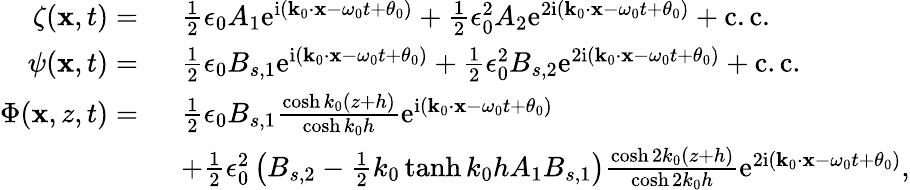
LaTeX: \begin{array}{rl}{\zeta(\mathbf{x},t)=~}&{\frac{1}{2}\epsilon_{0}A_{1}\mathrm{e}^{\mathrm{i}(\mathbf{k}_{0}\cdot\mathbf{x}-\omega_{0}t+\theta_{0})}+\frac{1}{2}\epsilon_{0}^{2}A_{2}\mathrm{e}^{2\mathrm{i}(\mathbf{k}_{0}\cdot\mathbf{x}-\omega_{0}t+\theta_{0})}+\mathrm{c.c.}}\\ {\psi(\mathbf{x},t)=~}&{\frac{1}{2}\epsilon_{0}B_{s,1}\mathrm{e}^{\mathrm{i}(\mathbf{k}_{0}\cdot\mathbf{x}-\omega_{0}t+\theta_{0})}+\frac{1}{2}\epsilon_{0}^{2}B_{s,2}\mathrm{e}^{2\mathrm{i}(\mathbf{k}_{0}\cdot\mathbf{x}-\omega_{0}t+\theta_{0})}+\mathrm{c.c.}}\\ {\Phi(\mathbf{x},z,t)=~}&{\frac{1}{2}\epsilon_{0}B_{s,1}\frac{\cosh k_{0}(z+h)}{\cosh k_{0}h}\mathrm{e}^{\mathrm{i}(\mathbf{k}_{0}\cdot\mathbf{x}-\omega_{0}t+\theta_{0})}}\\ &{+\frac{1}{2}\epsilon_{0}^{2}\left(B_{s,2}-\frac{1}{2}k_{0}\operatorname{tanh}k_{0}hA_{1}B_{s,1}\right)\frac{\cosh 2k_{0}(z+h)}{\cosh 2k_{0}h}\mathrm{e}^{2\mathrm{i}(\mathbf{k}_{0}\cdot\mathbf{x}-\omega_{0}t+\theta_{0})},}\end{array}